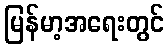
မြန်မာ့အရေးတွင်